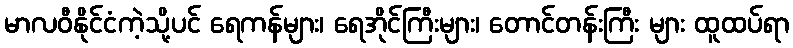
မာလဝီနိုင်ငံကဲ့သို့ပင် ရေကန်များ၊ ရေအိုင်ကြီးများ၊ တောင်တန်းကြီး များ ထူထပ်ရာ